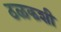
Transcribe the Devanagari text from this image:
ठळकशी